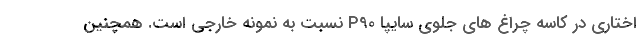
اختاری در کاسه چراغ های جلوی سایپا P90 نسبت به نمونه خارجی است. همچنین